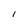
Character: l